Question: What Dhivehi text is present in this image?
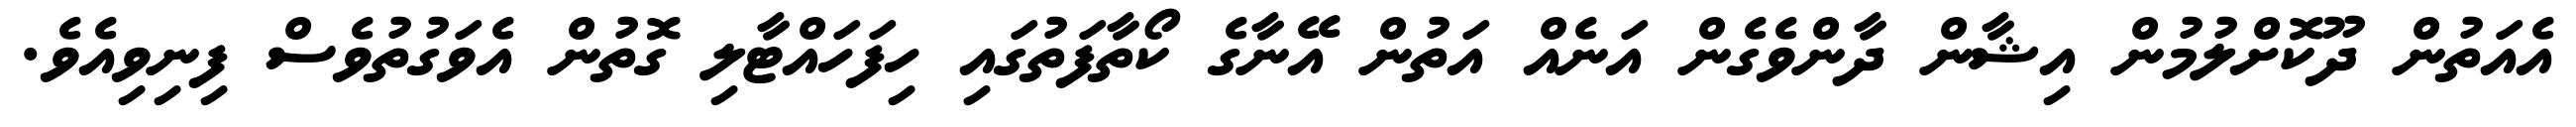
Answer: އެއަތުން ދޫކޮށްލުމުން އިޝާން ދާންވެގެން އަނެއް އަތުން އޭނާގެ ކޯތާފަތުގައި ހިފަހައްޓާލި ގޮތުން އެވަގުތުވެސް ފިނިވިއެވެ.